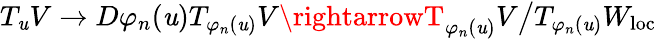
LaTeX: T_{\mathit{u}}V\xrightarrow{}{{D\varphi_{n}(\mathit{u})}}T_{\varphi_{n}(\mathit{u})}V\rightarrowT_{\varphi_{n}(\mathit{u})}V\big/T_{\varphi_{n}(\mathit{u})}W_{\mathrm{{loc}}}